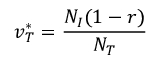
v _ { T } ^ { * } = \frac { N _ { I } ( 1 - r ) } { N _ { T } }